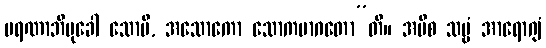
မရဏာဘိမုခေါ သောပိ, အသောကော သောကမာဂတော”တိ။ အပိစ သဗ္ဗံ အာရောဂျံ